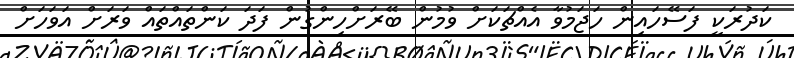
ކަދުރަކީ ފަސޭހައިން ހަޖަމުވާ އެއްޗަކަށް ވުމުން ބޭރަށްހިންގުން ފަދަ ކަންތައްތައް ވަރަށް އަވަހަށް